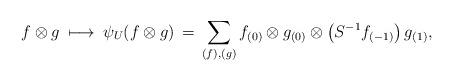
LaTeX: \begin{align*}f \otimes g \: \longmapsto \: \psi_U ( f \otimes g) \, = \, \sum \limits_{(f),(g)} f_{(0)} \otimes g_{(0)} \otimes \big( S^{-1} f_{(-1)} \big) \, g_{(1)},\end{align*}